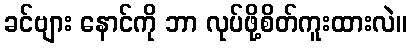
ခင်ဗျား နောင်ကို ဘာ လုပ်ဖို့စိတ်ကူးထားလဲ။